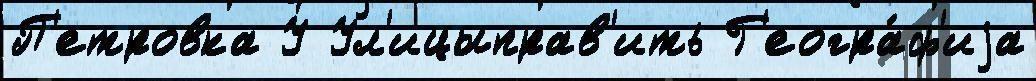
П'етровка У Ул'ицыправ'ить Г'еогра́ф'иjа